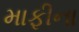
માફીના